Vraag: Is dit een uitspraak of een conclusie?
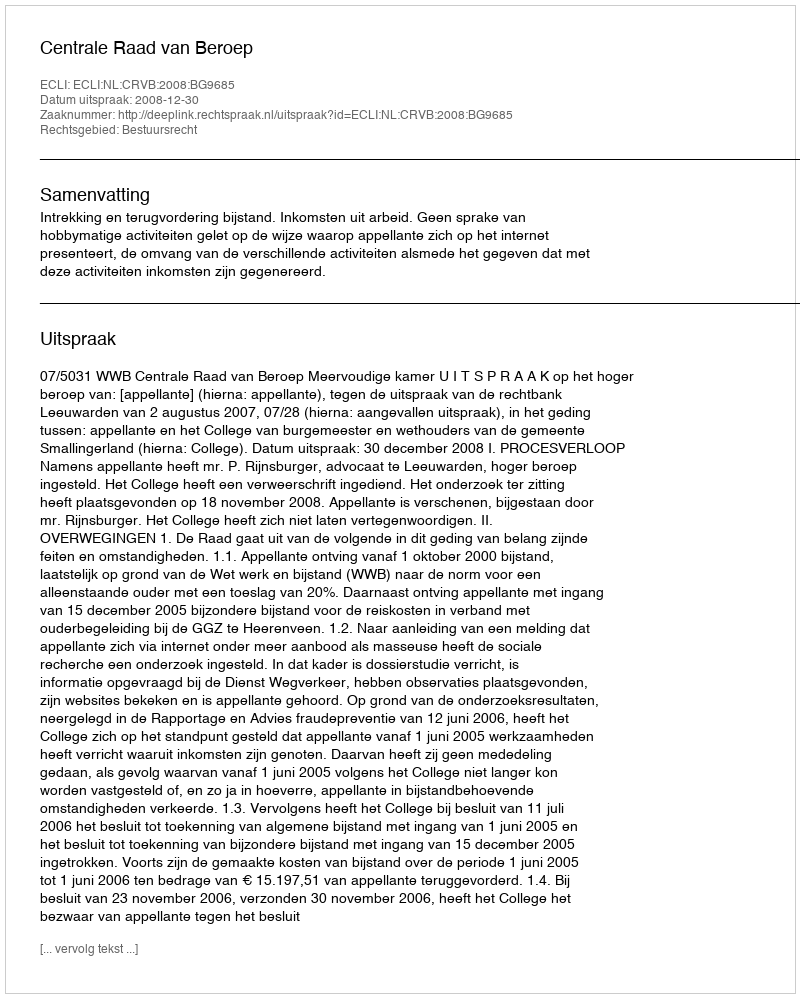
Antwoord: Uitspraak